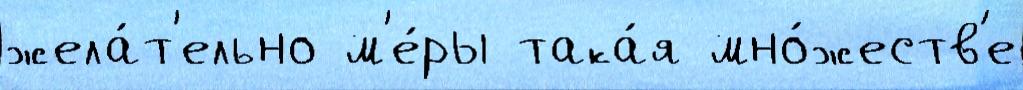
жела́т'ельно м'е́ры така́я мно́жеств'е